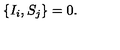
\left\lbrace I _ { i } , S _ { j } \right\rbrace = 0 .